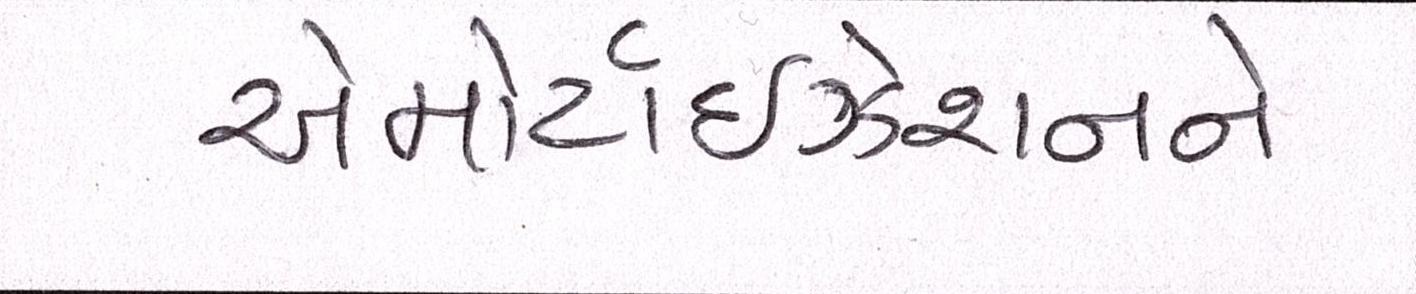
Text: એમોર્ટાઇઝેશનને